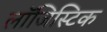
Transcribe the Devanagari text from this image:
लाॅजिस्टिक